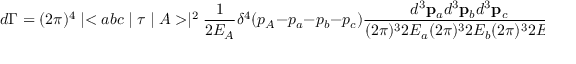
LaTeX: d \Gamma = ( 2 \pi ) ^ { 4 } \mid < a b c \mid \tau \mid A > \mid ^ { 2 } \frac { 1 } { 2 E _ { A } } \delta ^ { 4 } ( p _ { A } - p _ { a } - p _ { b } - p _ { c } ) \frac { d ^ { 3 } { \bf p } _ { a } d ^ { 3 } { \bf p } _ { b } d ^ { 3 } { \bf p } _ { c } } { ( 2 \pi ) ^ { 3 } 2 E _ { a } ( 2 \pi ) ^ { 3 } 2 E _ { b } ( 2 \pi ) ^ { 3 } 2 E _ { c } } ,